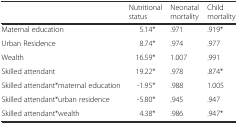
|  | Nutritional status | Neonatal mortality | Child mortality |
 | --- | --- | --- | --- |
 | Maternal education | 5.14* | .971 | .919* |
 | Urban Residence | 8.74* | .974 | .977 |
 | Wealth | 16.59* | 1.007 | .991 |
 | Skilled attendant | 19.22* | .978 | .874* |
 | Skilled attendant*maternal education | -1.95* | .988 | 1.005 |
 | Skilled attendant*urban residence | -5.80* | .945 | .947 |
 | Skilled attendant*wealth | 4.38* | .986 | .947* |